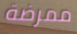
ممرضة